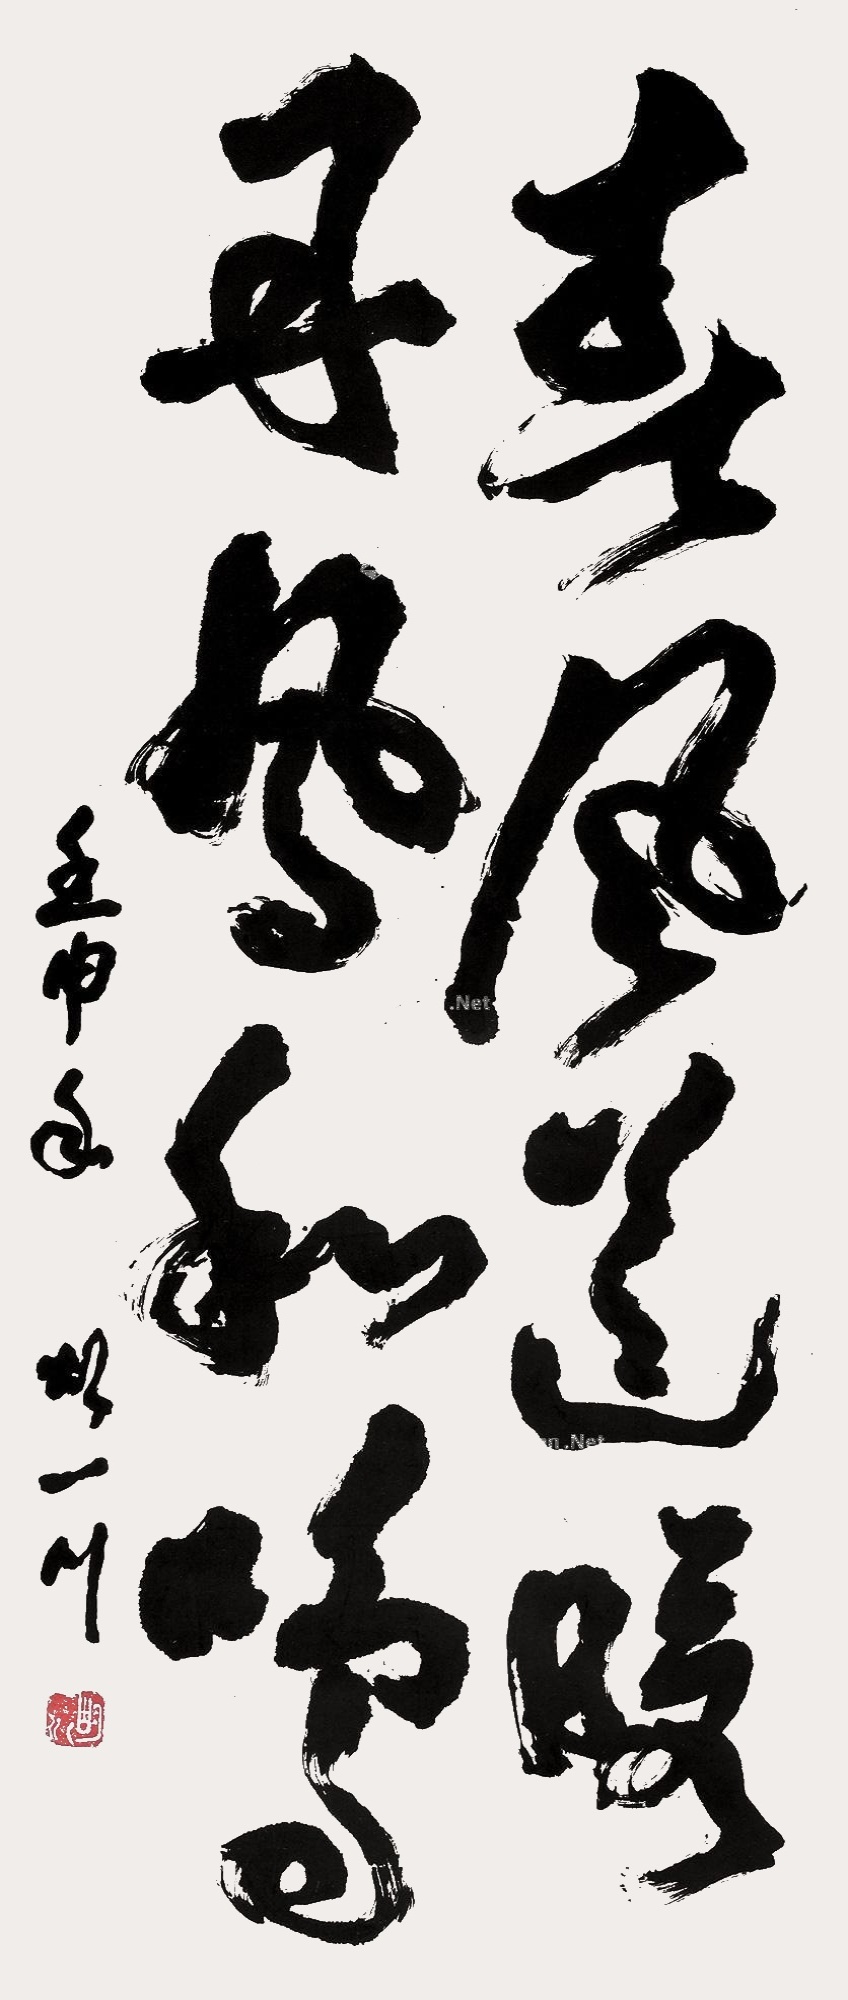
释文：春风送暖，丹凤和鸣。壬申年胡一川。